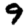
Digit: 9